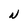
Character: N